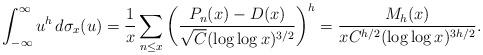
LaTeX: \begin{align*}\int_{-\infty}^\infty u^h \,d\sigma_x(u) = \frac{1}{x} \sum_{n \leq x} \bigg( \frac{P_n(x) - D(x)}{\sqrt C(\log\log x)^{3/2}} \bigg)^h = \frac{M_h(x)}{x C^{h/2} ( \log\log x )^{3h/2}}.\end{align*}